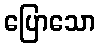
ပြောသော